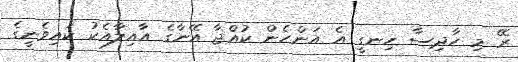
ރޭ މި ހާދިސާ ހިނގީ އެ އަންހެން ކުއްޖާ އޭނާގެ އާއިލާއެކު ކައިވެނީގެ